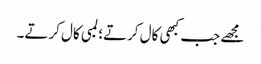
مجھے جب کبھی کال کرتے؛ لمبی کال کرتے۔